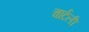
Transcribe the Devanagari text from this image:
चार्टली